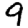
Digit: 9